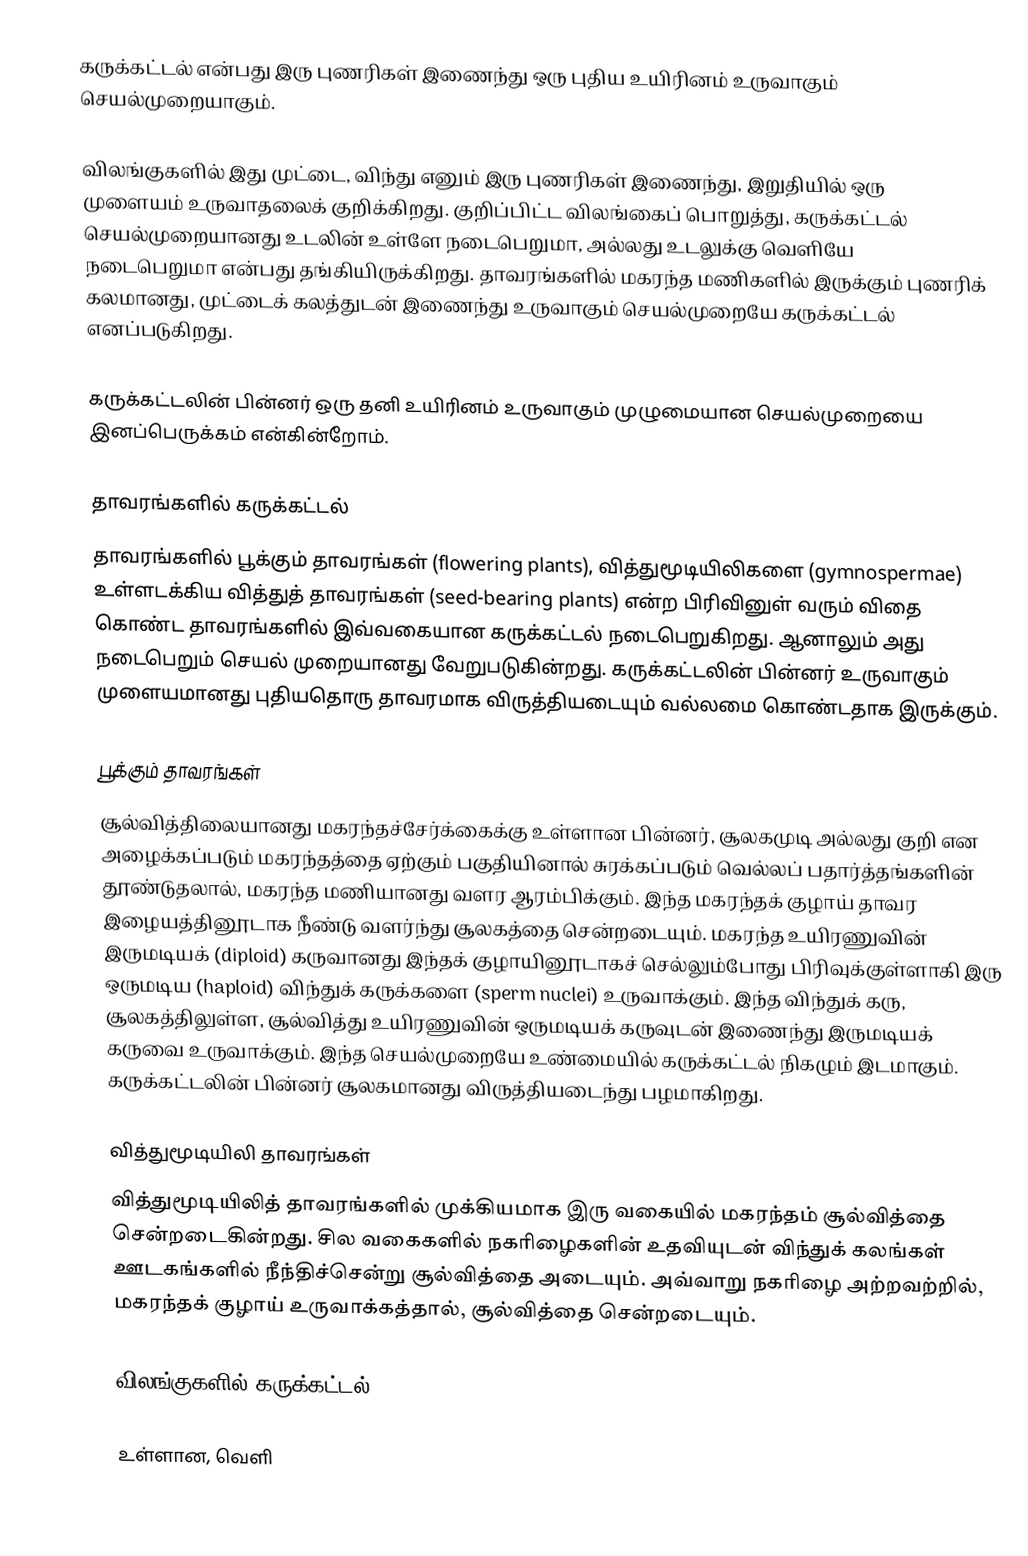
கருக்கட்டல் என்பது இரு புணரிகள் இணைந்து ஒரு புதிய உயிரினம் உருவாகும் செயல்முறையாகும்.

விலங்குகளில் இது முட்டை, விந்து எனும் இரு புணரிகள் இணைந்து, இறுதியில் ஒரு முளையம் உருவாதலைக் குறிக்கிறது. குறிப்பிட்ட விலங்கைப் பொறுத்து, கருக்கட்டல் செயல்முறையானது உடலின் உள்ளே நடைபெறுமா, அல்லது உடலுக்கு வெளியே நடைபெறுமா என்பது தங்கியிருக்கிறது. தாவரங்களில் மகரந்த மணிகளில் இருக்கும் புணரிக் கலமானது, முட்டைக் கலத்துடன் இணைந்து உருவாகும் செயல்முறையே கருக்கட்டல் எனப்படுகிறது.

கருக்கட்டலின் பின்னர் ஒரு தனி உயிரினம் உருவாகும் முழுமையான செயல்முறையை இனப்பெருக்கம் என்கின்றோம்.

தாவரங்களில் கருக்கட்டல்
தாவரங்களில் பூக்கும் தாவரங்கள் (flowering plants), வித்துமூடியிலிகளை (gymnospermae) உள்ளடக்கிய வித்துத் தாவரங்கள் (seed-bearing plants) என்ற பிரிவினுள் வரும் விதை கொண்ட தாவரங்களில் இவ்வகையான கருக்கட்டல் நடைபெறுகிறது. ஆனாலும் அது நடைபெறும் செயல் முறையானது வேறுபடுகின்றது. கருக்கட்டலின் பின்னர் உருவாகும் முளையமானது புதியதொரு தாவரமாக விருத்தியடையும் வல்லமை கொண்டதாக இருக்கும்.

பூக்கும் தாவரங்கள்
சூல்வித்திலையானது மகரந்தச்சேர்க்கைக்கு உள்ளான பின்னர், சூலகமுடி அல்லது குறி என அழைக்கப்படும் மகரந்தத்தை ஏற்கும் பகுதியினால் சுரக்கப்படும் வெல்லப் பதார்த்தங்களின் தூண்டுதலால், மகரந்த மணியானது வளர ஆரம்பிக்கும். இந்த மகரந்தக் குழாய் தாவர இழையத்தினூடாக நீண்டு வளர்ந்து சூலகத்தை சென்றடையும். மகரந்த உயிரணுவின் இருமடியக் (diploid) கருவானது இந்தக் குழாயினூடாகச் செல்லும்போது பிரிவுக்குள்ளாகி இரு ஒருமடிய (haploid) விந்துக் கருக்களை (sperm nuclei) உருவாக்கும். இந்த விந்துக் கரு, சூலகத்திலுள்ள, சூல்வித்து உயிரணுவின் ஒருமடியக் கருவுடன் இணைந்து இருமடியக் கருவை உருவாக்கும். இந்த செயல்முறையே உண்மையில் கருக்கட்டல் நிகழும் இடமாகும். கருக்கட்டலின் பின்னர் சூலகமானது விருத்தியடைந்து பழமாகிறது.

வித்துமூடியிலி தாவரங்கள்
வித்துமூடியிலித் தாவரங்களில் முக்கியமாக இரு வகையில் மகரந்தம் சூல்வித்தை சென்றடைகின்றது. சில வகைகளில் நகரிழைகளின் உதவியுடன் விந்துக் கலங்கள் ஊடகங்களில் நீந்திச்சென்று சூல்வித்தை அடையும். அவ்வாறு நகரிழை அற்றவற்றில், மகரந்தக் குழாய் உருவாக்கத்தால், சூல்வித்தை சென்றடையும்.

விலங்குகளில் கருக்கட்டல்

உள்ளான, வெளி